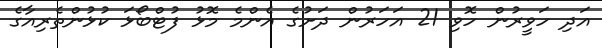
އަދި ހަވީރުން ހޮވި 21 އަހަރުން ދަށުގެ އެންމެ މޮޅު ފުޓްބޯޅަ ކުޅުންތެރިއާގެ